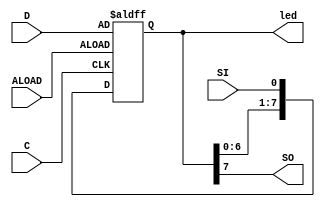
`timescale 1ns / 1ps
//////////////////////////////////////////////////////////////////////////////////
// Company: 
// Engineer: 
// 
// Design Name: 
// Module Name:    lab103 
// Project Name: 
// Target Devices: 
// Tool versions: 
// Description: 
//
// Dependencies: 
//
// Revision: 
// Revision 0.01 - File Created
// Additional Comments: 
//
//////////////////////////////////////////////////////////////////////////////////
module lab103(C, SI, ALOAD, D, SO, led);
	 input C, SI, ALOAD;
    input [7:0] D;
    output SO;
	 output [7:0]led;
	 reg [7:0]tmp;
	 
	 always@(posedge C or posedge ALOAD)
		begin
			if(ALOAD)
				tmp <= D;
			else
				tmp <= {tmp[6:0], SI};
		end
		
		assign SO = tmp[7];
		assign led = tmp;

endmodule